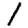
Digit: 1